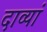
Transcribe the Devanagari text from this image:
दाव्यां